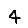
Digit: 4